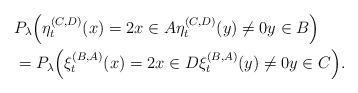
LaTeX: \begin{align*}&P_\lambda\Big(\eta_t^{(C,D)}(x)=2 x\in A\eta_t^{(C,D)}(y)\neq 0 y\in B\Big)\\&=P_\lambda\Big(\xi_t^{(B,A)}(x)=2 x\in D\xi_t^{(B,A)}(y)\neq 0 y\in C\Big).\end{align*}